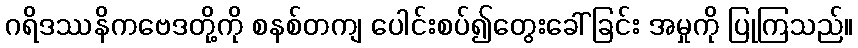
ဂရိဒဿနိကဗေဒတို့ကို စနစ်တကျ ပေါင်းစပ်၍တွေးခေါ်ခြင်း အမှုကို ပြုကြသည်။